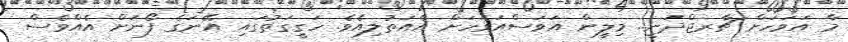
މާ އަވަހަށް ޗާރޖްދަނީ.. މިލީން އަވަސްއަވަހަށް އެއަތުލިއެވެ. ހަގީގަތުގައި އޭނަގެ ފޯނަށް އެއްވެސް